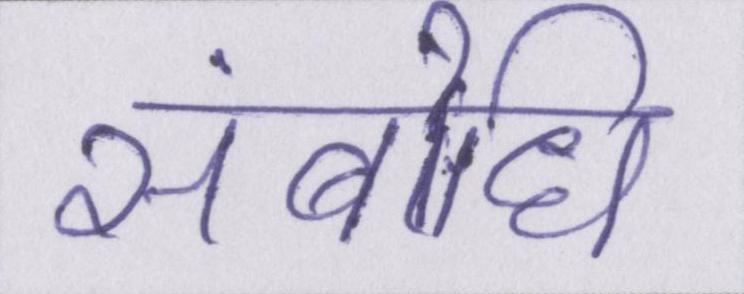
संबोधि